Scottish Certificate of Education, 1962
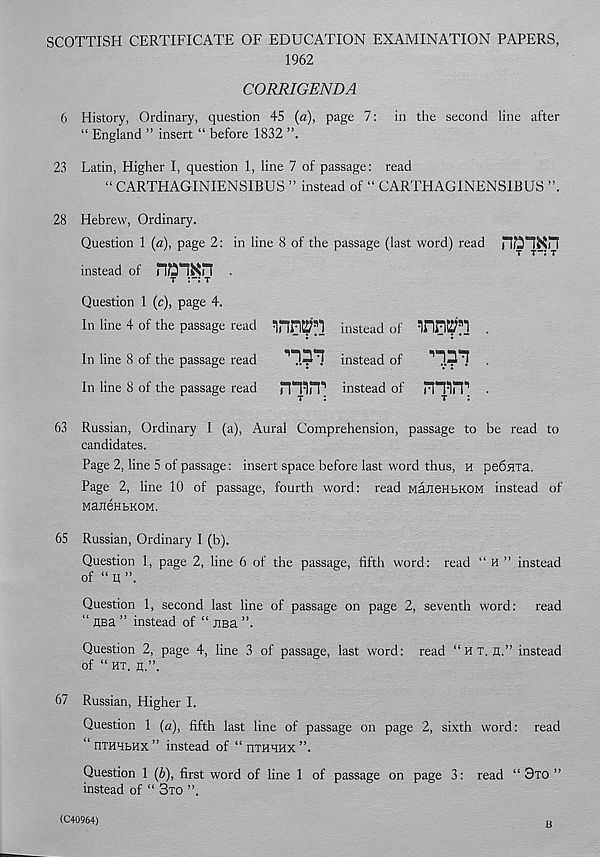
SCOTTISH CERTIFICATE OF EDUCATION EXAMINATION PAPERS,
1962
CORRIGENDA
6 History, Ordinary, question 45 («), page 7: in the second line after
“ England ” insert “ before 1832
23 Latin, Higher I, question 1, line 7 of passage: read
“ CARTHAGINIENS1BUS ” instead of “ CARTHAU1NENS1BUS
28 Hebrew, Ordinary.
Question 1 (a), page 2: in line 8 of the passage (last word) read
instead of man .
T
T
Question 1 (c), page 4.
In line 4 of the passage read inriET] instead of
.
In line 8 of the passage read
instead of
In line 8 of the passage read
rmn* 1 instead of
JTTirP •
63 Russian, Ordinary I (a), Aural Comprehension, passage to be read to
candidates.
Page 2, line 5 of passage: insert space before last word thus, H peSsrra.
Page 2, line 10 of passage, fourth word: read MaJieHbKOM instead of
ManeHbKOM.
65 Russian, Ordinary I (b).
Question 1, page 2, line 6 of the passage, fifth word: read “ H ” instead
of “ q ”.
Question 1, second last line of passage on page 2, seventh word:
read
“ gea ” instead of “ jisa ”.
Question 2, page 4, line 3 of passage, last word: read “ H T. g.” instead
of “ HT. g.”.
67 Russian, Higher I.
Question 1 (a), fifth last line of passage on page 2, sixth word: read
“ nTHHbHx ” instead of “ HTHHHX ”.
Question 1 (b), first word of line 1 of passage on page 3: read “ 3TO ”
instead of “ 3TO ”.
(C40964)
B